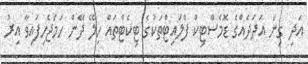
އަދި ގިނަ އަދަދެއްގެ ޑޮމެސްޓިކް ފްލައިޓްތަކުގެ ޓިކެޓްތައް ހިލޭ ދޭން ހަމަޖެހިފައިވާ އިރު